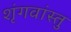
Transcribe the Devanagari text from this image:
शृंगवांस्तु